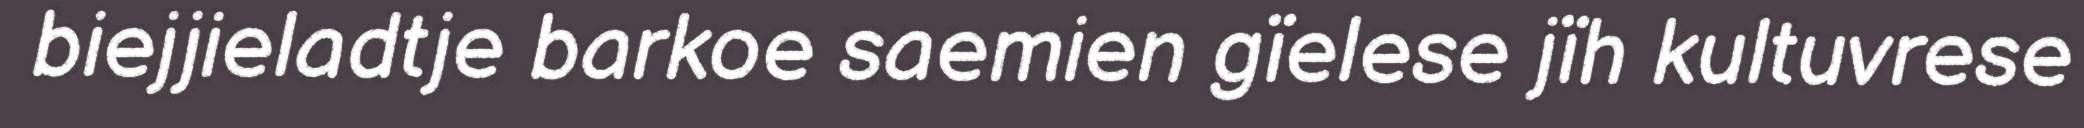
biejjieladtje barkoe saemien gïelese jïh kultuvrese